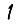
Digit: 1